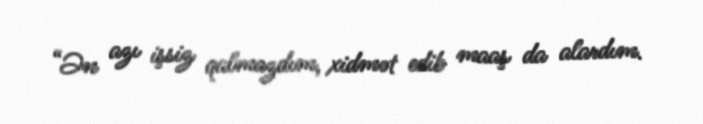
“Ən azı işsiz qalmazdım, xidmət edib maaş da alardım.